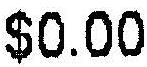
$0.00